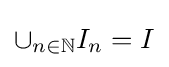
\cup _{n\in \mathbb {N} }I_{n}=I